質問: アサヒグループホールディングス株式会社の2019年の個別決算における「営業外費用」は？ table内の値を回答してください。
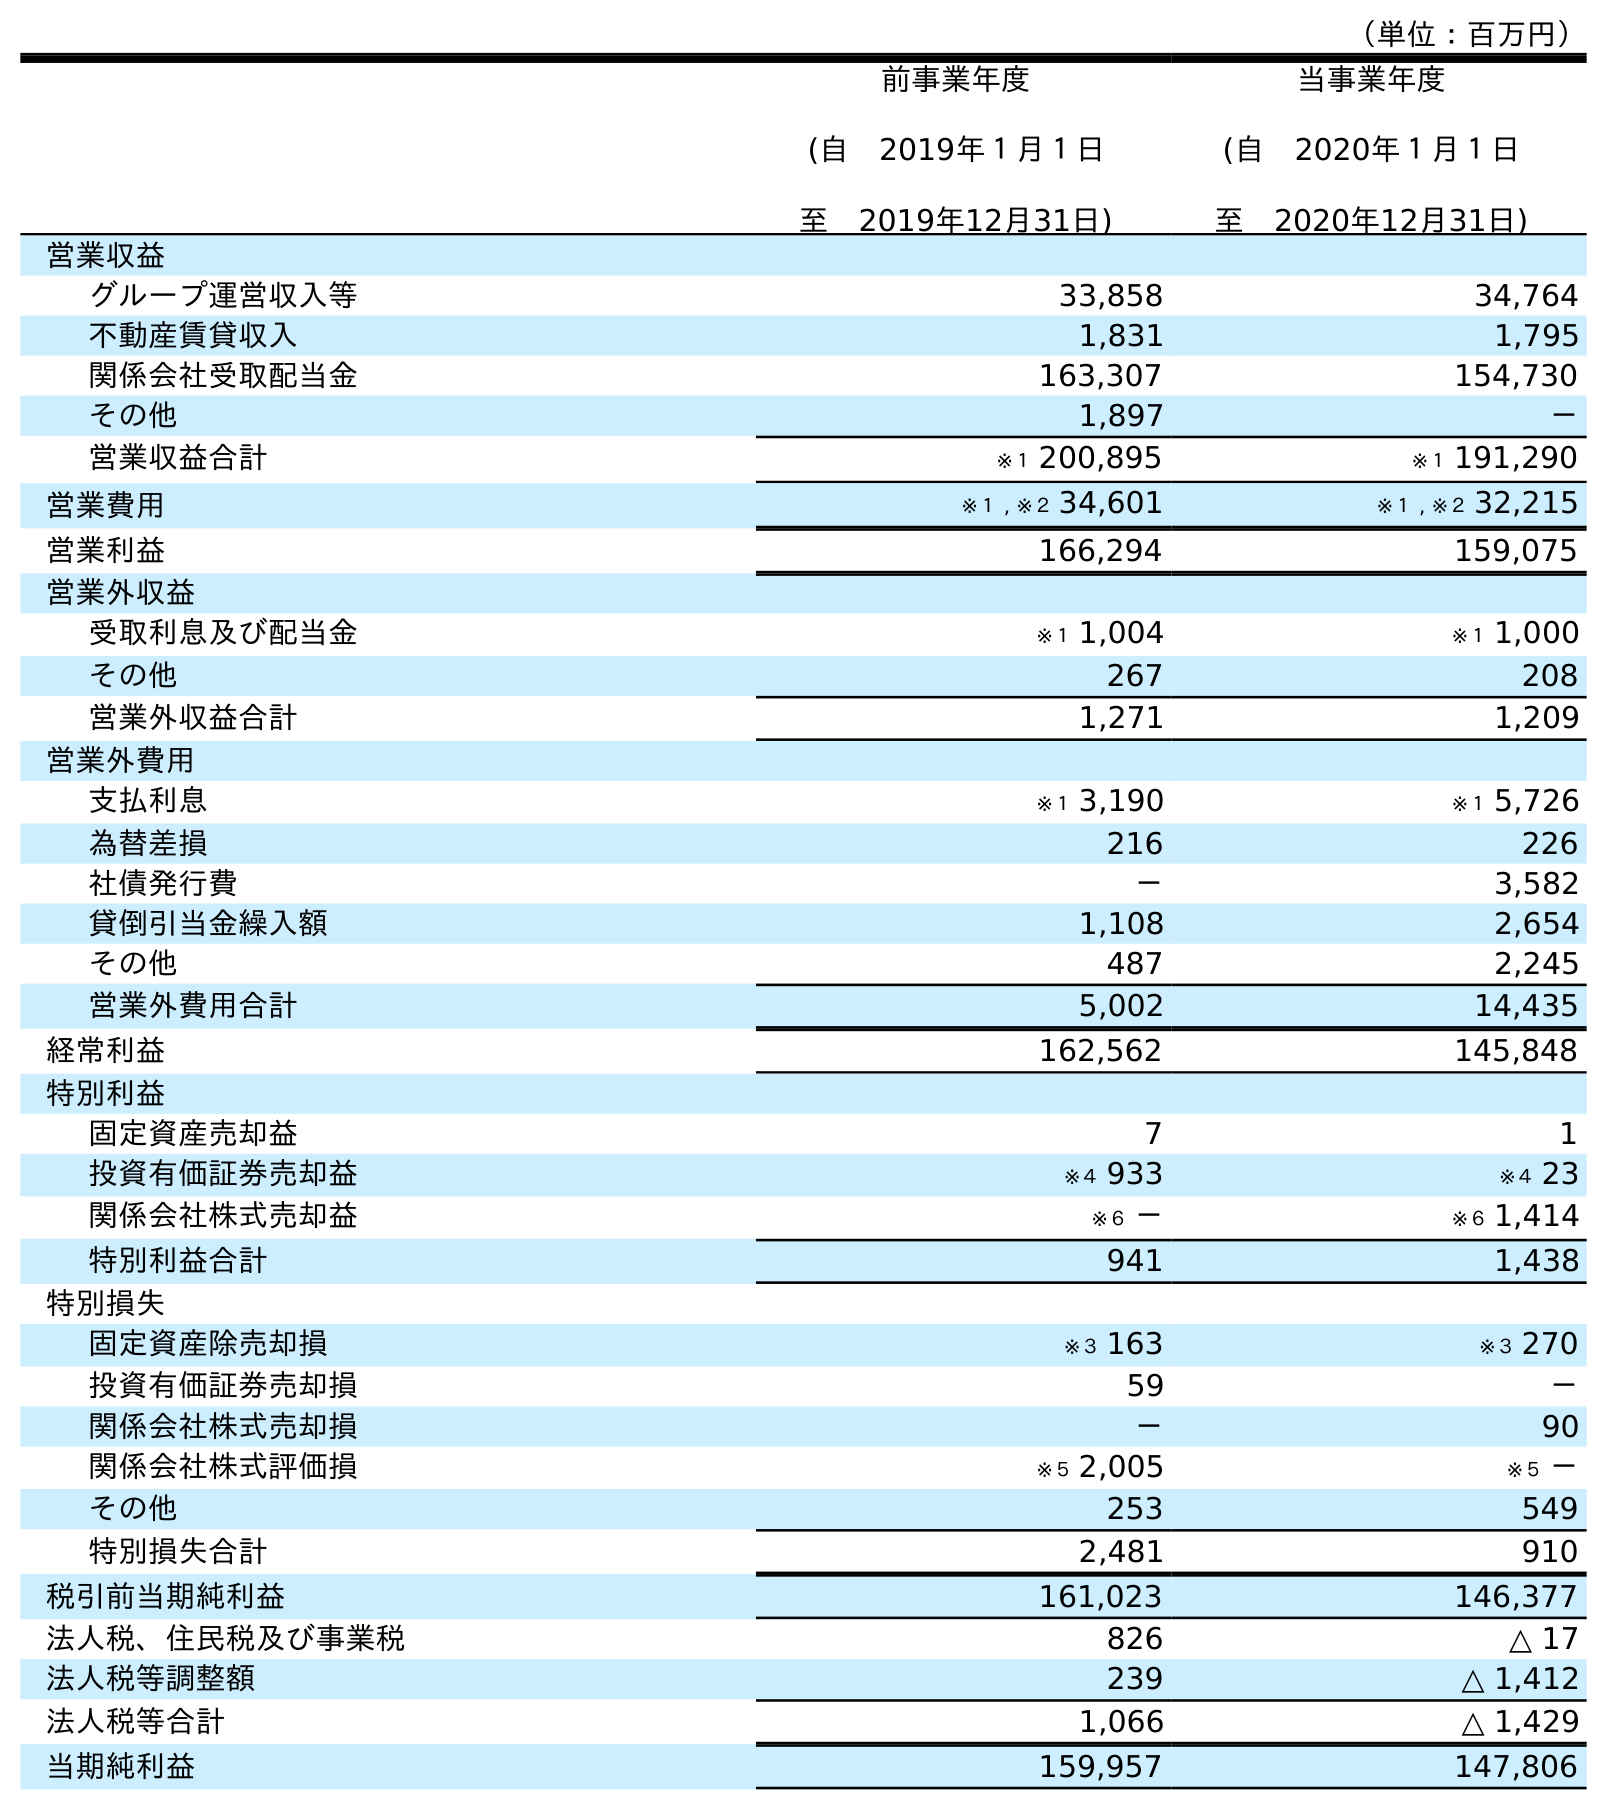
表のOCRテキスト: （単位：百万円） 前事業年度 (自 2019年１月１日 至 2019年12月31日) 当事業年度 (自 2020年１月１日 至 2020年12月31日) 営業収益 グループ運営収入等 33,858 34,764 不動産賃貸収入 1,831 1,795 関係会社受取配当金 163,307 154,730 その他 1,897 － 営業収益合計 ※１ 200,895 ※１ 191,290 営業費用 ※１ , ※２ 34,601 ※１ , ※２ 32,215 営業利益 166,294 159,075 営業外収益 受取利息及び配当金 ※１ 1,004 ※１ 1,000 その他 267 208 営業外収益合計 1,271 1,209 営業外費用 支払利息 ※１ 3,190 ※１ 5,726 為替差損 216 226 社債発行費 － 3,582 貸倒引当金繰入額 1,108 2,654 その他 487 2,245 営業外費用合計 5,002 14,435 経常利益 162,562 145,848 特別利益 固定資産売却益 7 1 投資有価証券売却益 ※４ 933 ※４ 23 関係会社株式売却益 ※６ － ※６ 1,414 特別利益合計 941 1,438 特別損失 固定資産除売却損 ※３ 163 ※３ 270 投資有価証券売却損 59 － 関係会社株式売却損 － 90 関係会社株式評価損 ※５ 2,005 ※５ － その他 253 549 特別損失合計 2,481 910 税引前当期純利益 161,023 146,377 法人税、住民税及び事業税 826 △ 17 法人税等調整額 239 △ 1,412 法人税等合計 1,066 △ 1,429 当期純利益 159,957 147,806
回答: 5,002